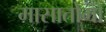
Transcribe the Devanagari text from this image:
मासातोमो